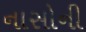
નાસોની